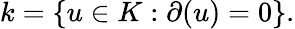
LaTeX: k=\{ u\in K:\partial(u)=0\} .